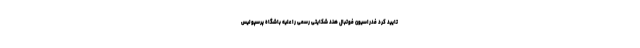
تایید کرد فدراسیون فوتبال هند شکایتی رسمی را علیه باشگاه پرسپولیس